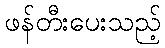
ဖန်တီးပေးသည့်